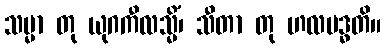
သမ္မာ တု ယုဂကီလသ္မိံ၊ သီတာ တု ဟလပဒ္ဓတိ။